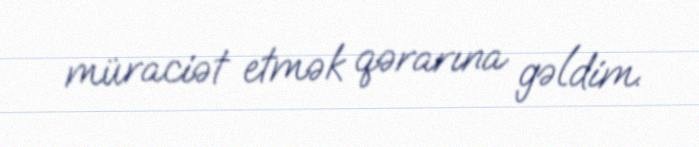
müraciət etmək qərarına gəldim.